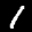
Label: 1